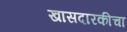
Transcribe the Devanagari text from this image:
खासदारकीचा